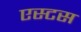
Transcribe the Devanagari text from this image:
एस्टस